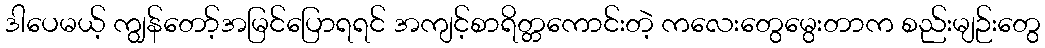
ဒါပေမယ့် ကျွန်တော့်အမြင်ပြောရရင် အကျင့်စာရိတ္တကောင်းတဲ့ ကလေးတွေမွေးတာက စည်းမျဉ်းတွေ